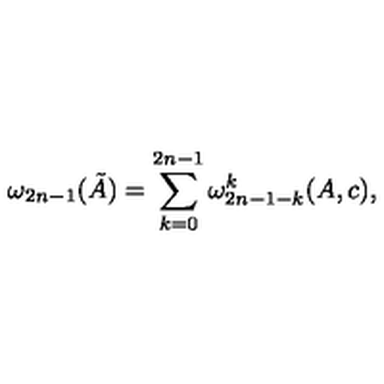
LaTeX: \omega _ { 2 n - 1 } ( \tilde { A } ) = \sum _ { k = 0 } ^ { 2 n - 1 } \omega _ { 2 n - 1 - k } ^ { k } ( A , c ) ,